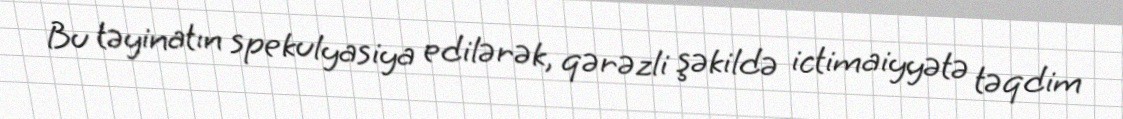
Bu təyinatın spekulyasiya edilərək, qərəzli şəkildə ictimaiyyətə təqdim